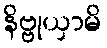
နိဗ္ဗုယှာမိ